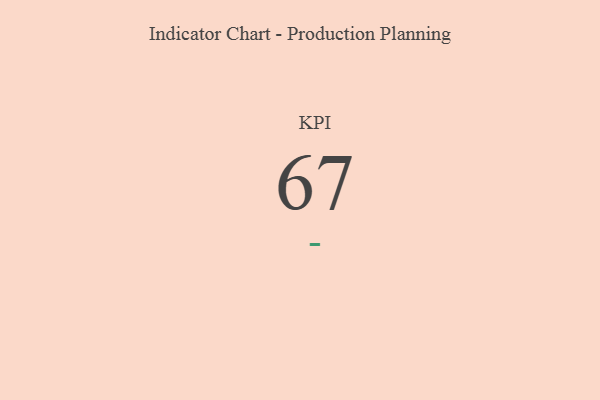
{"axis": {"x": "KPI", "y": "Value"}, "legend": [""], "data": [{"x": "KPI", "y": 67, "type": ""}]}